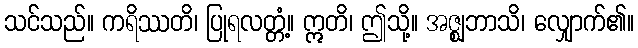
သင်သည်။ ကရိဿတိ၊ ပြုရလတ္တံ့။ ဣတိ၊ ဤသို့။ အဇ္ဈဘာသိ၊ လျှောက်၏။